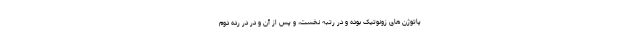
پاتوژن های زونوتیک بوده و در رتبه نخست، و پس از آن و در در رده دوم